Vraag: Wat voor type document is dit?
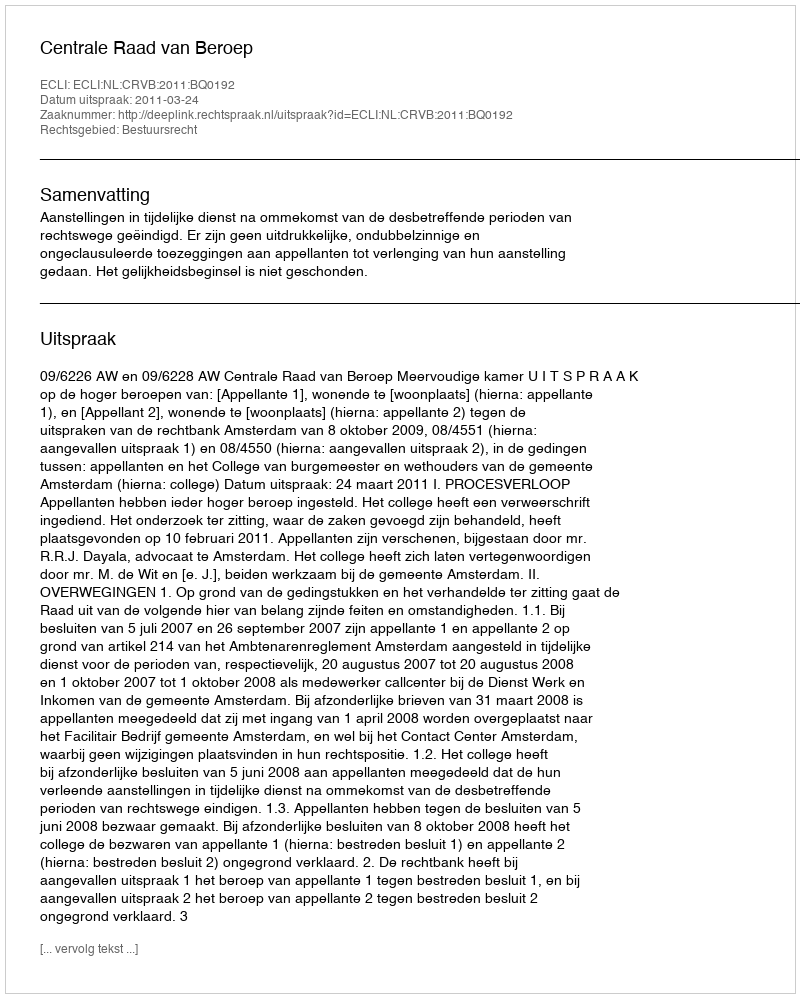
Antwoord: Uitspraak